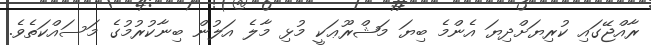
ރާއްޖޭގައި ކުރިޔަށްދިޔަ އެންމެ ބިޔަ މަޝްރޫޢަކީ މުޅި މާލެ އަލުން ބިނާކުރުމުގެ މަސައްކަތެވެ.